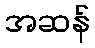
အဆန်